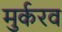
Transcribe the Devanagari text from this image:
मुर्करव